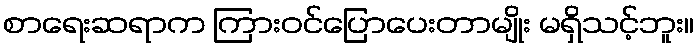
စာရေးဆရာက ကြားဝင်ပြောပေးတာမျိုး မရှိသင့်ဘူး။